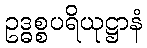
ဥဒ္ဓစ္စပရိယုဋ္ဌာနံ